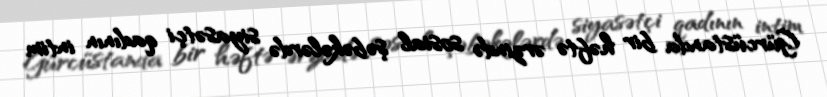
Gürcüstanda bir həftə ərzində sosial şəbəkələrdə siyasətçi qadının intim